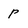
Character: p